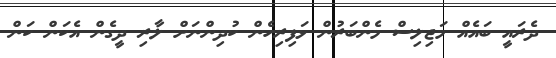
ދެރައީ ބައެއް މަޖިލިސް މެންބަރުން ޅަފިރިހެން ކުދިންނަށް ލާރި ދީގެން އެކަން ކަން